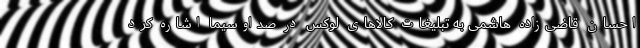
احسان قاضی‌زاده هاشمی به تبلیغات کالاهای لوکس در صداوسیما اشاره کرد